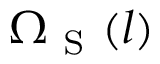
\Omega _ { \mathrm { ~ S ~ } } ( { l } )